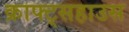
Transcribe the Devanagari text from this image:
क्राफ्ट्सहाउस